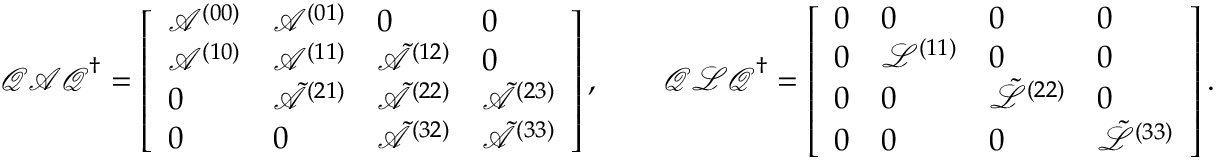
\boldsymbol { \mathcal { Q } } \boldsymbol { \mathcal { A } } \boldsymbol { \mathcal { Q } } ^ { \dagger } = \left[ \begin{array} { l l l l } { \mathcal { A } ^ { ( 0 0 ) } } & { \mathcal { A } ^ { ( 0 1 ) } } & { 0 } & { 0 } \\ { \mathcal { A } ^ { ( 1 0 ) } } & { \mathcal { A } ^ { ( 1 1 ) } } & { \tilde { \mathcal { A } } ^ { ( 1 2 ) } } & { 0 } \\ { 0 } & { \tilde { \mathcal { A } } ^ { ( 2 1 ) } } & { \tilde { \mathcal { A } } ^ { ( 2 2 ) } } & { \tilde { \mathcal { A } } ^ { ( 2 3 ) } } \\ { 0 } & { 0 } & { \tilde { \mathcal { A } } ^ { ( 3 2 ) } } & { \tilde { \mathcal { A } } ^ { ( 3 3 ) } } \end{array} \right] , \qquad \boldsymbol { \mathcal { Q } } \boldsymbol { \mathcal { L } } \boldsymbol { \mathcal { Q } } ^ { \dagger } = \left[ \begin{array} { l l l l } { 0 } & { 0 } & { 0 } & { 0 } \\ { 0 } & { \mathcal { L } ^ { ( 1 1 ) } } & { 0 } & { 0 } \\ { 0 } & { 0 } & { \tilde { \mathcal { L } } ^ { ( 2 2 ) } } & { 0 } \\ { 0 } & { 0 } & { 0 } & { \tilde { \mathcal { L } } ^ { ( 3 3 ) } } \end{array} \right] .